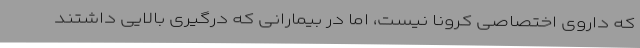
که داروی اختصاصی کرونا نیست، اما در بیمارانی که درگیری بالایی داشتند